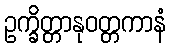
ဥက္ခိတ္တာနုဝတ္တကာနံ